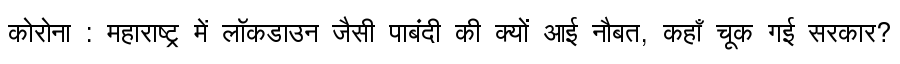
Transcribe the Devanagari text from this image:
कोरोना : महाराष्ट्र में लॉकडाउन जैसी पाबंदी की क्यों आई नौबत, कहाँ चूक गई सरकार?